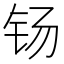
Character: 钖